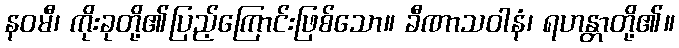
နဝမီ၊ ကိုးခုတို့၏ပြည့်ကြောင်းဖြစ်သော။ ခီဏာသဝါနံ၊ ရဟန္တာတို့၏။